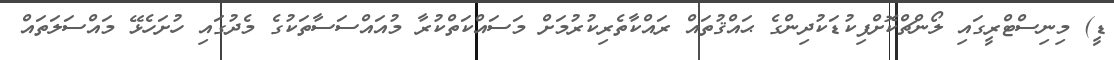
ޑީ) މިނިސްޓްރީގައި ލޯންޗްކޮށްފިކުޑަކުދިންގެ ޙައްޤުތައް ރައްކާތެރިކުރުމަށް މަސައްކަތްކުރާ މުއައްސަސާތަކުގެ މެދުގައި ހުށަހެޅޭ މައްސަލަތައް